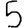
Digit: 5